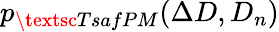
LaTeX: p_{\textsc{TsafPM}}(\Delta D,D_{n})